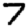
Digit: 7